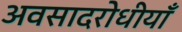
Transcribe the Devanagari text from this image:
अवसादरोधीयाँ